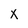
Character: X